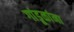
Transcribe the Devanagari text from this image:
गांडूळांना